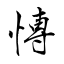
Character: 愽